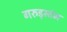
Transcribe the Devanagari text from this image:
गरुड़स्तंभ